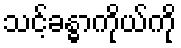
သင့်ခန္ဓာကိုယ်ကို